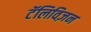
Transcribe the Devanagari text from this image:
टॅलिविज़न